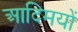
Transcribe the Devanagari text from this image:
आदिमयों